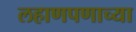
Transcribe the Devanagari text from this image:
लहाणपणाच्या